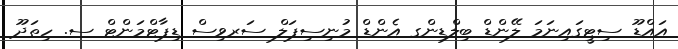
އައްޑޫ ސިޓީގައިނަމަ ލޭންޑް ބިލްޑިންގ އެންޑް މުނިސިޕަލް ސަރވިސް ޑިޕާޓްމަންޓް ސ. ހިތަދޫ